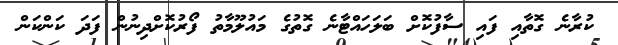
ކުރާނެ ގޮތާއި ފައި ސާފުކޮށް ބަލަހައްޓާނެ ގޮތުގެ މައުލޫމާތު ފޯރުކޮށްދިނުން ފަދަ ކަންކަން